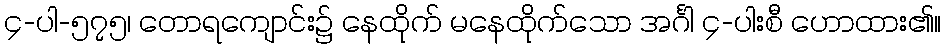
၄-ပါ-၅၇၅၊ တောရကျောင်း၌ နေထိုက် မနေထိုက်သော အင်္ဂါ ၄-ပါးစီ ဟောထား၏။